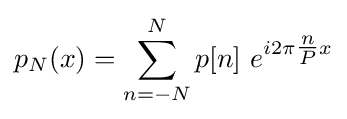
p_{N}(x)=\sum _{n=-N}^{N}p[n]\ e^{i2\pi {\tfrac {n}{P}}x}